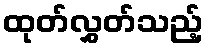
ထုတ်လွှတ်သည့်